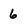
Character: 6